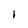
Character: I